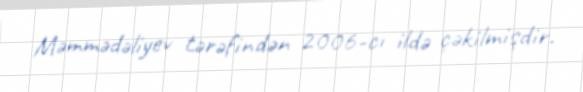
Məmmədəliyev tərəfindən 2006-cı ildə çəkilmişdir.